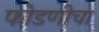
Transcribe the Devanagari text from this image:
फोडणीचा